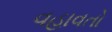
વહાવતો